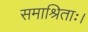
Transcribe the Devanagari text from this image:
समाश्रिताः।